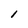
Character: 1